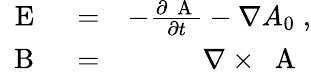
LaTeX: \begin{array}{rlr}{\mathrm{~\mathbf~E~}}&{{}=}&{-\frac{\partial\mathrm{~\mathbf~A~}}{\partial t}-\nabla A_{0}\; ,}\\ {\mathrm{~\mathbf~B~}}&{{}=}&{\nabla\times\mathrm{~\mathbf~A~}\; }\end{array}